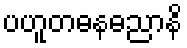
ပဟူတဓနဓညာနိ